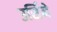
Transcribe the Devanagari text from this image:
उर्सिने